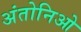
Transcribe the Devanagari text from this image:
अंतोनिओ